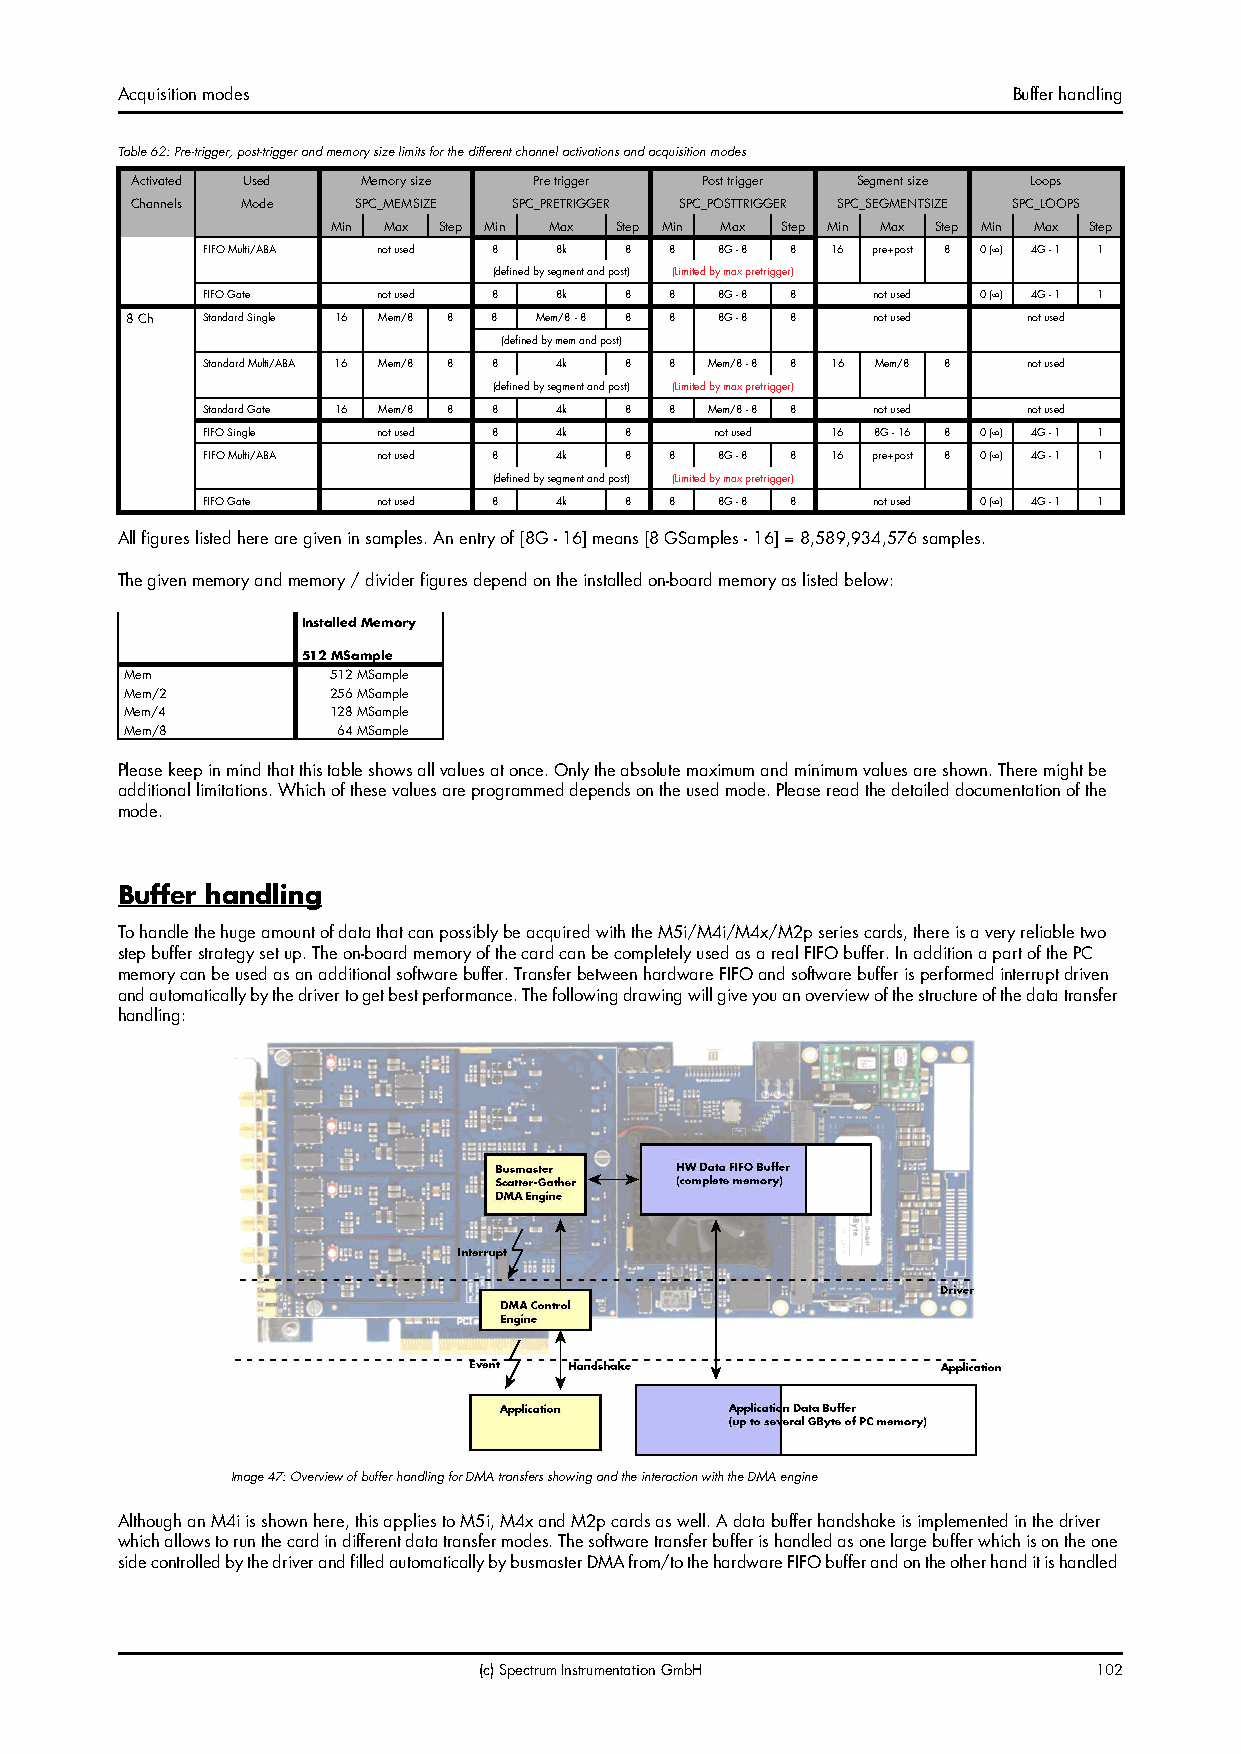
Acquisition modes                                          Buffer handling
 Table 62: Pre-trigger, post-trigger and memory size limits for the different channel activations and acquisition modes
 Activated Used Memory size Pre trigger Post trigger Segment size Loops
 Channels Mode SPC_MEMSIZE SPC_PRETRIGGER SPC_POSTTRIGGER SPC_SEGMENTSIZE SPC_LOOPS
 Min Max Step Min Max Step Min Max Step Min Max Step Min Max Step
 FIFO Multi/ABA not used 8 8k 8 8  8G - 8 8 16 pre+post 8 0 () 4G - 1 1
 (defined by segment and post) (Limited by max pretrigger)
 FIFO Gate   not used 8  8k  8  8  8G - 8 8   not used 0 () 4G - 1 1
 8 Ch Standard Single 16 Mem/8 8 8 Mem/8 - 8 8 8 8G - 8 8 not used not used
 (defined by mem and post)
 Standard Multi/ABA 16 Mem/8 8 8 4k 8 8 Mem/8 - 8 8 16 Mem/8 8 not used
 (defined by segment and post) (Limited by max pretrigger)
 Standard Gate 16 Mem/8 8 8 4k 8 8 Mem/8 - 8 8 not used not used
 FIFO Single not used 8  4k  8     not used 16 8G - 16 8 0 () 4G - 1 1
 FIFO Multi/ABA not used 8 4k 8 8  8G - 8 8 16 pre+post 8 0 () 4G - 1 1
 (defined by segment and post) (Limited by max pretrigger)
 FIFO Gate   not used 8  4k  8  8  8G - 8 8   not used 0 () 4G - 1 1
 All figures listed here are given in samples. An entry of [8G - 16] means [8 GSamples - 16] = 8,589,934,576 samples.
 The given memory and memory / divider figures depend on the installed on-board memory as listed below:
 Installed Memory
 512 MSample
 Mem           512 MSample
 Mem/2         256 MSample
 Mem/4         128 MSample
 Mem/8         64 MSample
 Please keep in mind that this table shows all values at once. Only the absolute maximum and minimum values are shown. There might be
 additional limitations. Which of these values are programmed depends on the used mode. Please read the detailed documentation of the
 mode.
 Buffer handling
 To handle the huge amount of data that can possibly be acquired with the M5i/M4i/M4x/M2p series cards, there is a very reliable two
 step buffer strategy set up. The on-board memory of the card can be completely used as a real FIFO buffer. In addition a part of the PC
 memory can be used as an additional software buffer. Transfer between hardware FIFO and software buffer is performed interrupt driven
 and automatically by the driver to get best performance. The following drawing will give you an overview of the structure of the data transfer
 handling:
 Image 47: Overview of buffer handling for DMA transfers showing and the interaction with the DMA engine
 Although an M4i is shown here, this applies to M5i, M4x and M2p cards as well. A data buffer handshake is implemented in the driver
 which allows to run the card in different data transfer modes. The software transfer buffer is handled as one large buffer which is on the one
 side controlled by the driver and filled automatically by busmaster DMA from/to the hardware FIFO buffer and on the other hand it is handled
 (c) Spectrum Instrumentation GmbH       102